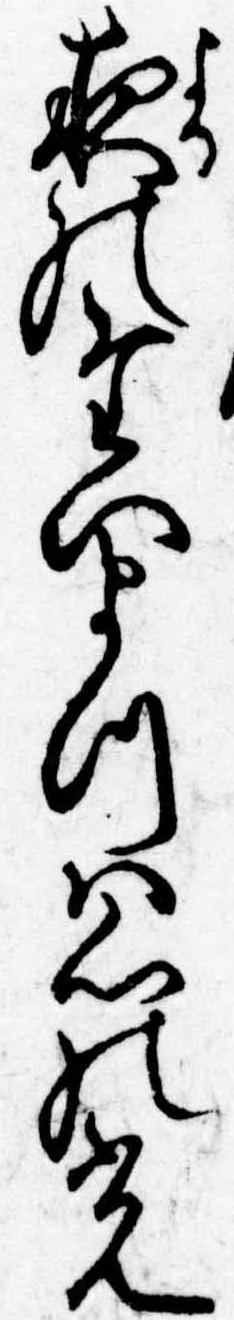
夜のたいまつは心の光